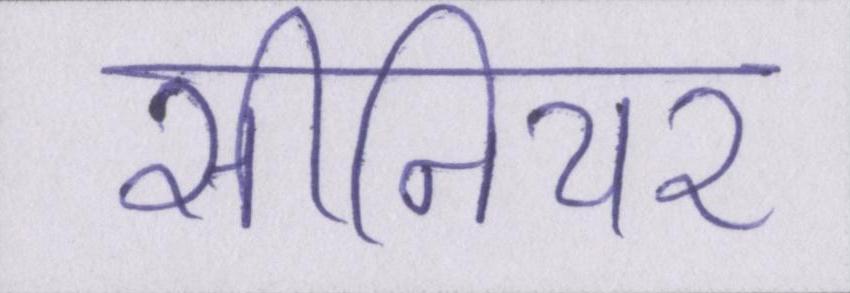
सीनियर